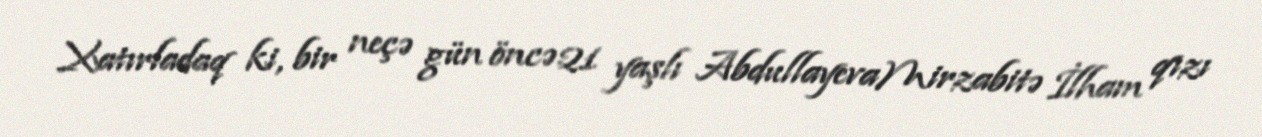
Xatırladaq ki, bir neçə gün öncə 21 yaşlı AbdullayevaMirzabitə İlham qızı